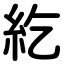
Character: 紇